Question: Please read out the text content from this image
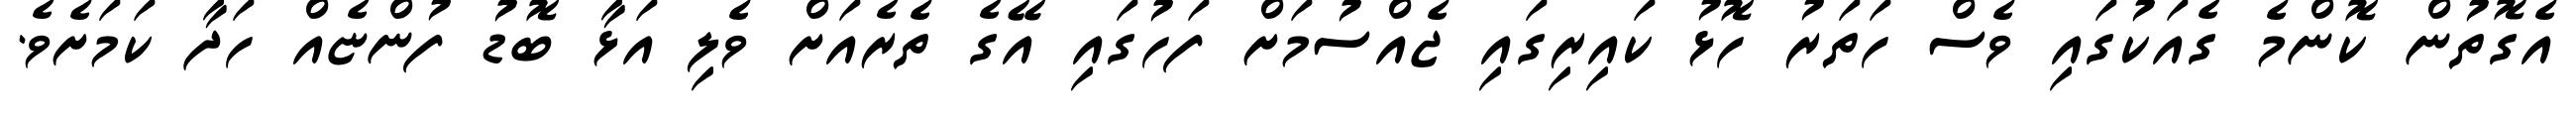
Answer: އެގޮތުން ކޮންމެ ގެއަކުގައި ވެސް ހަތަރު ހޮޅު ކައިރިގައި ޖެއްސުމަށް ފަހުގައި އޭގެ ތެރެއަށް ވެލި އަޅާ ބޮޑު ފުންޏެއް ހަދާ ކަމަށެވެ.